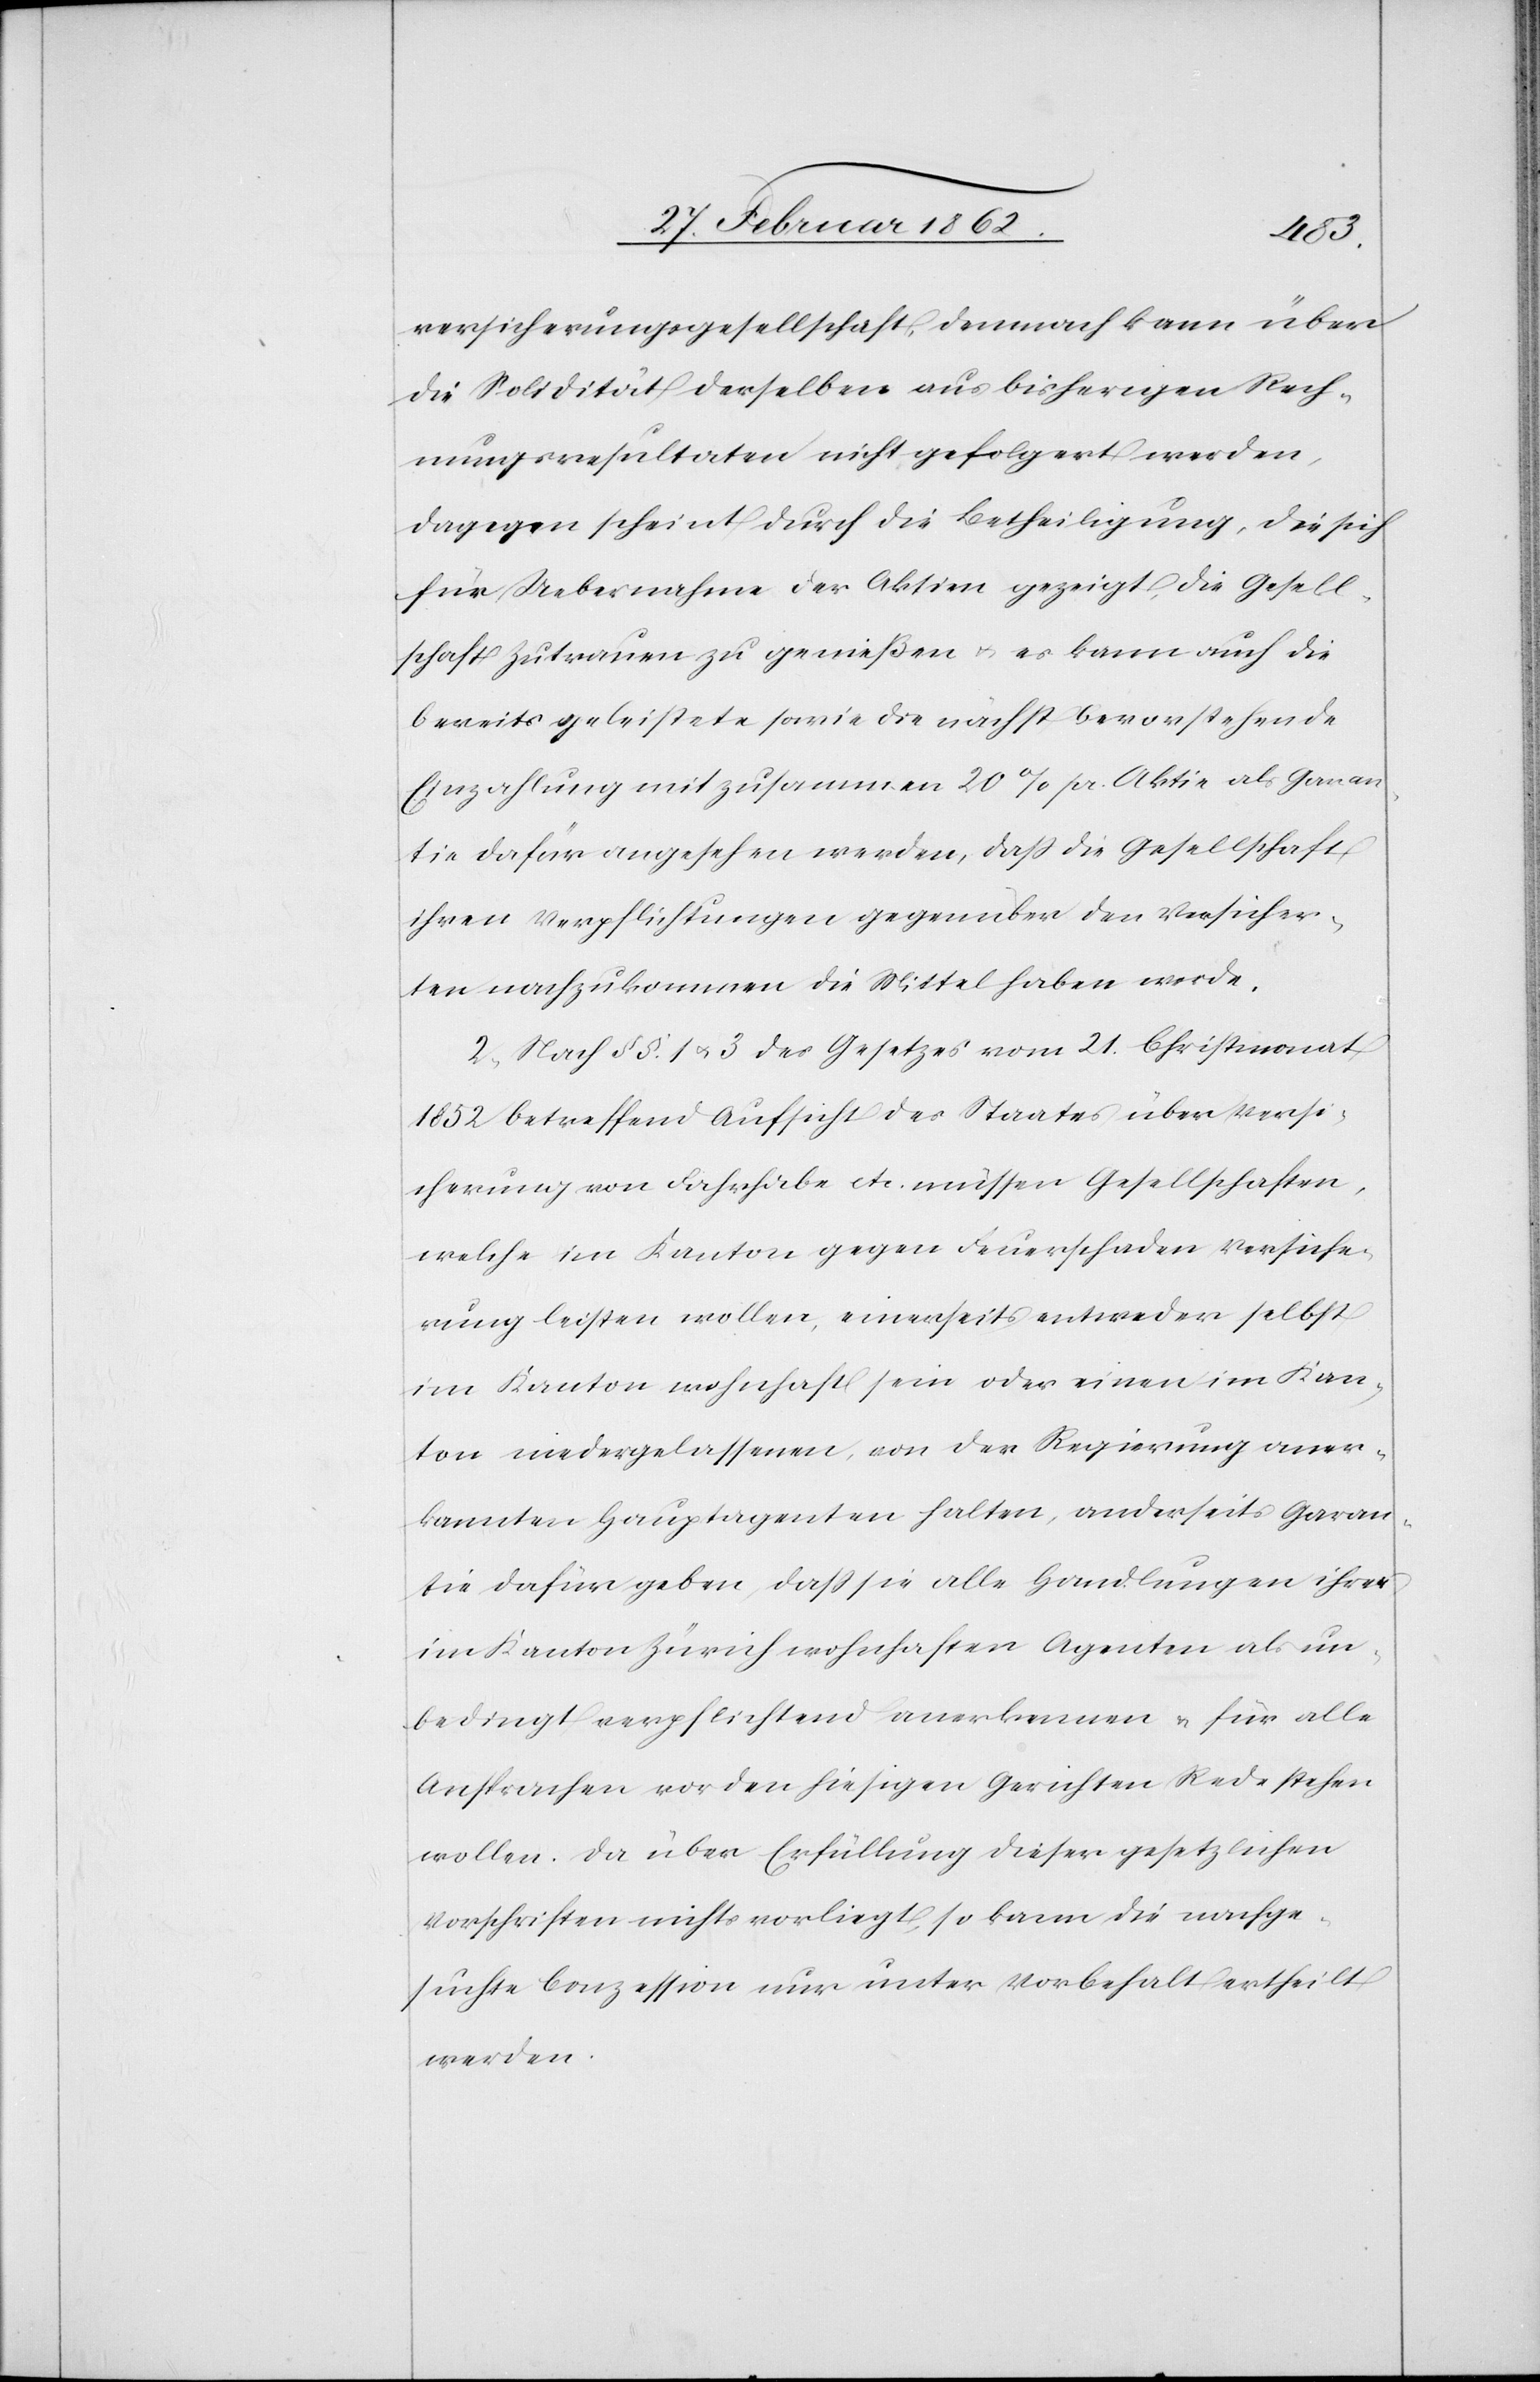
versicherungsgesellschaft, demnach kann über
die Solidität derselben aus bisherigen Rech¬
nungsresultaten nicht gefolgert werden,
dagegen scheint durch die Betheiligung, die sich
für Uebernahme der Aktien gezeigt, die Gesell¬
schaft Zutrauen zu genießen u. es kann auch die
bereits geleistete sowie die nächst bevorstehende
Einzahlung mit zusammen 20% pr. Aktie als Garan¬
tie dafür angesehen werden, daß die Gesellschaft
ihren Verpflichtungen gegenüber den Versicher¬
ten nachzukommen die Mittel haben werde.
2) Nach § §. 1 u. 3 des Gesetzes vom 21. Christmonat
1852 betreffend Aufsicht des Staates über Versi¬
cherung von Fahrhabe etc. müssen Gesellschaften,
welche im Kanton gegen Feuerschaden Versiche¬
rung leisten wollen, einerseits entweder selbst
im Kanton wohnhaft sein oder einen im Kan¬
ton niedergelassenen, von der Regierung aner¬
kannten Hauptagenten halten, anderseits Garan¬
tie dafür geben, daß sie alle Handlungen ihrer
im Kanton Zürich wohnhaften Agenten als un¬
bedingt verpflichtend anerkennen u. für alle
Ansprachen vor den hiesigen Gerichten Rede stehen
wollen. Da über Erfüllung dieser gesetzlichen
Vorschriften nichts vorliegt, so kann die nachge¬
suchte Conzession nur unter Vorbehalt ertheilt
werden.